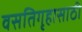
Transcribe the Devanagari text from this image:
वसतिगृहासाठी